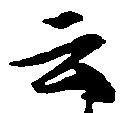
云